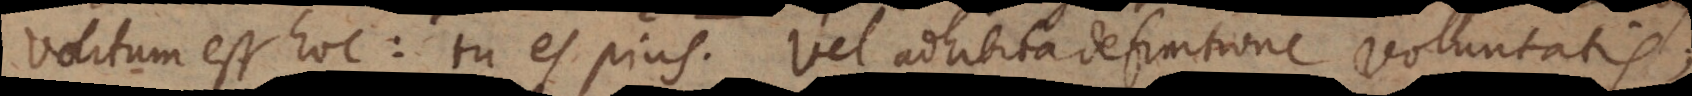
volitum est hoc: tu es pius. Vel adhibita definitione voluntatis;